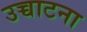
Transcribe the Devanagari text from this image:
उच्चाटना